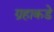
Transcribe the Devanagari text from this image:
ग्रहाकडे